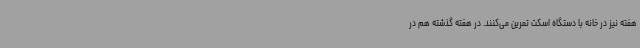
هفته نیز در خانه با دستگاه اسکت تمرین می‌کنند. در هفته گذشته هم در